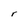
Character: r